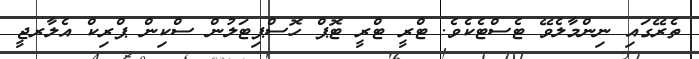
ތެރޭގައި ނިންމާލެވޭ ޓެސްޓެކެވެ. ޓްރީ ޓްރީ ޓޮޕް ހޮސްޕިޓަލުން ސްކިން ޕްރިކް އެލާރޖީ